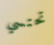
تحتسي